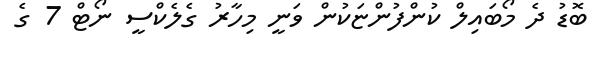
ބޮޑު ދެ މޯބައިލް ކުންފުންޏަކުން ވަނީ މިހާރު ގެލެކްސީ ނޯޓް 7 ގެ